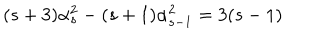
LaTeX: ( s + 3 ) \alpha _ { s } ^ { 2 } - ( s + 1 ) \alpha _ { s - 1 } ^ { 2 } = 3 ( s - 1 )